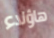
هاؤلاء